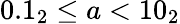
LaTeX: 0.1_{2}\leq a<10_{2}